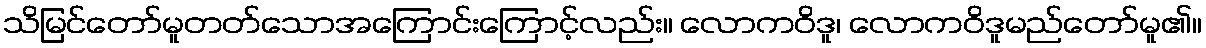
သိမြင်တော်မူတတ်သောအကြောင်းကြောင့်လည်း။ လောကဝိဒူ၊ လောကဝိဒူမည်တော်မူ၏။